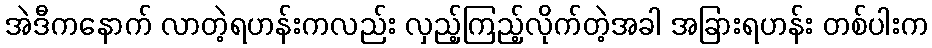
အဲဒီကနောက် လာတဲ့ရဟန်းကလည်း လှည့်ကြည့်လိုက်တဲ့အခါ အခြားရဟန်း တစ်ပါးက